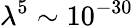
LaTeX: \lambda^{5}\sim\mathrm{{10}}^{-30}